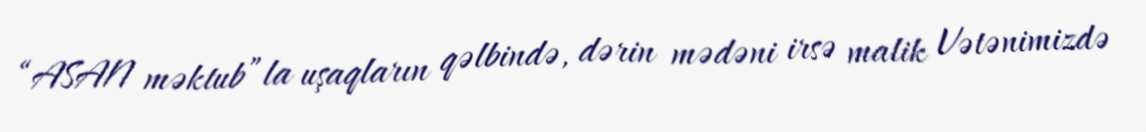
“ASAN məktub”la uşaqların qəlbində, dərin mədəni irsə malik Vətənimizdə